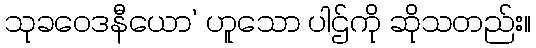
သုခဝေဒနီယော’ ဟူသော ပါဌ်ကို ဆိုသတည်း။